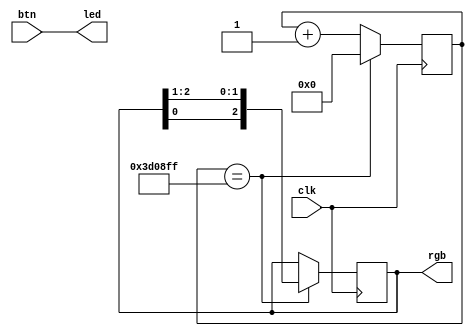
`timescale 1ns / 1ps

module toplevel(
	input clk, // 12 MHz
	input[1:0] btn,
	output[1:0] led,
	output[2:0] rgb
);

	assign led=btn;

	reg[21:0] cntr=22'd0;
	wire en=(cntr==3_999_999);
	always@(posedge clk)
		if(en)
			cntr<=0;
		else
			cntr<=cntr+1;
	
	reg[2:0] rgb_reg=3'b110;
	always@(posedge clk)
		if(en)
			rgb_reg<={rgb_reg[0],rgb_reg[2:1]};
	assign rgb=rgb_reg;

endmodule